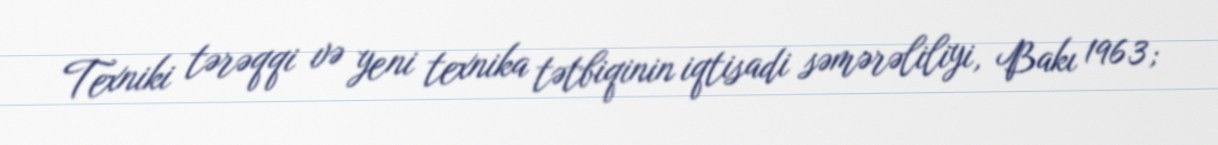
Texniki tərəqqi və yeni texnika tətbiqinin iqtisadi səmərəliliyi, Bakı 1963;